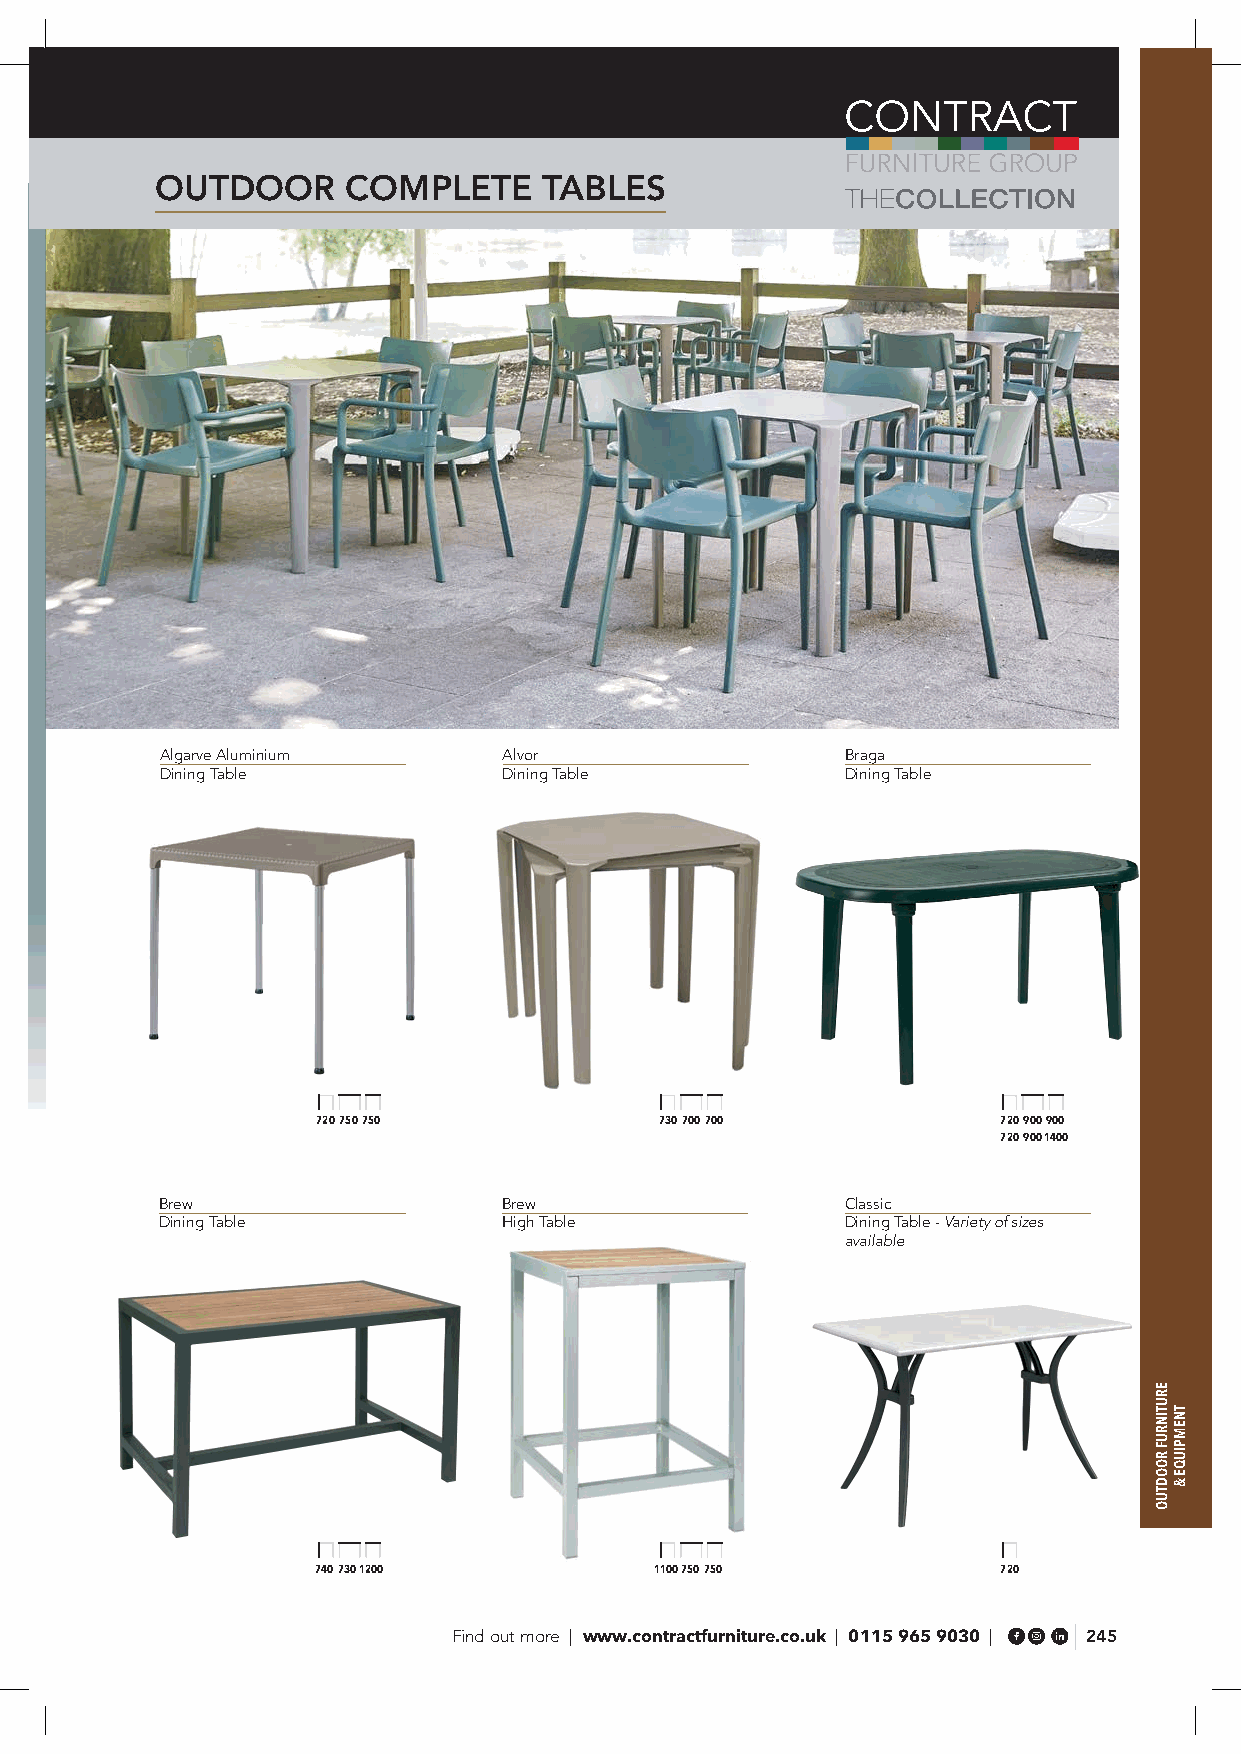
OUTDOOR      COMPLETE     TABLES
 Algarve Aluminium     Alvor                  Braga
 Dining Table          Dining Table           Dining Table
 720 750 750            730 700 700           720 900 900
 720 900 1400
 Brew                  Brew                   Classic
 Dining Table          High Table             Dining Table - Variety of sizes
 available
 740 730 1200          1100 750 750           720
 Find out more | www.contractfurniture.co.uk | 0115 965 9030 | 245
 ERUTINRUF
 ROODTUO
 TNEMPIUQE
 &